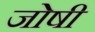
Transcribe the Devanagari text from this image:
जोषी